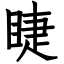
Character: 睫